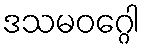
ဒသမဝဂ္ဂေါ